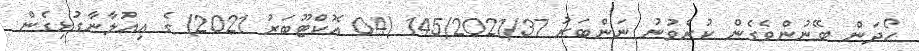
ހޯދަން ބޭނުންވެގެން ކުރެވުނު ނަންބަރު 145/2021/37 (04 އޮކްޓޫބަރު 2021) ގެ އިޢުލާނާގުޅިގެން